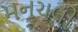
મનચલી